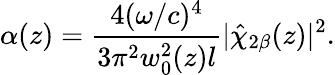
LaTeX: \alpha(z)=\frac{4(\omega/c)^{4}}{3\pi^{2}w_{0}^{2}(z)l}|\hat{\chi}_{2\beta}(z)|^{2}.